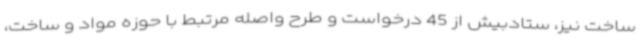
ساخت نیز، ستادبیش از 45 درخواست و طرح واصله مرتبط با حوزه مواد و ساخت،